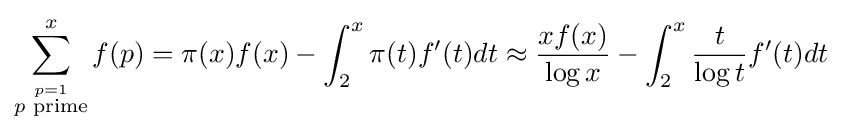
\sum _{\stackrel {p=1}{p{\text{ prime}}}}^{x}f(p)=\pi (x)f(x)-\int _{2}^{x}\pi (t)f^{\prime }(t)dt\approx {\frac {xf(x)}{\log x}}-\int _{2}^{x}{\frac {t}{\log t}}f^{\prime }(t)dt